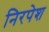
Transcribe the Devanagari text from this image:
निरपेश